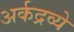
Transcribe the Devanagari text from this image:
अर्कद्रव्ये